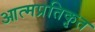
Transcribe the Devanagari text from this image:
आत्मप्रतिकृत